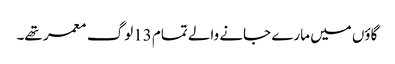
گاؤں میں مارے جانے والے تمام 13لوگ معمر تھے۔